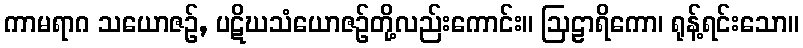
ကာမရာဂ သယောဇဉ်, ပဋိဃသံယောဇဉ်တို့လည်းကောင်း။ ဩဠာရိကော၊ ရုန့်ရင်းသော။